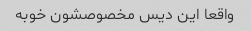
واقعا این دیس مخصوصشون خوبه